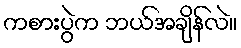
ကစားပွဲက ဘယ်အချိန်လဲ။